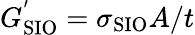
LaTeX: G_{\mathrm{SIO}}^{'}=\sigma_{\mathrm{SIO}}A/t